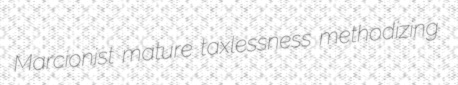
Marcionist mature taxlessness methodizing